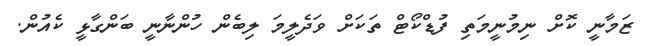
ޒަމާނީ ކޮށް ނިމުނީމަތި ފުޑްކޯޓް ތަކަށް ވަދެލީމަ ލިބެން ހުންނާނީ ބަންގާޅީ ކެއުން.